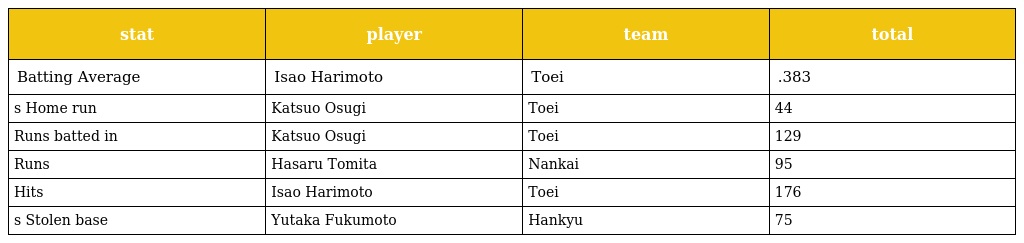
| stat | player | team | total |
 | --- | --- | --- | --- |
 | Batting Average | Isao Harimoto | Toei | .383 |
 | s Home run | Katsuo Osugi | Toei | 44 |
 | Runs batted in | Katsuo Osugi | Toei | 129 |
 | Runs | Hasaru Tomita | Nankai | 95 |
 | Hits | Isao Harimoto | Toei | 176 |
 | s Stolen base | Yutaka Fukumoto | Hankyu | 75 |